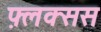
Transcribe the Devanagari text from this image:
फ़्लक्सस